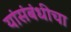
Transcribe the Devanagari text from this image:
यांसंबंधीचा